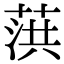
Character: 葓